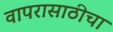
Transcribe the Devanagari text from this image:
वापरासाठीचा